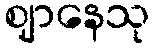
ဈာနေသု